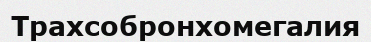
Трахсобронхомегалия